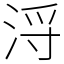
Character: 浖